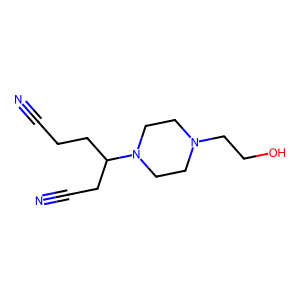
SMILES: N#CCCC(CC#N)N1CCN(CCO)CC1
Inhibits HIV replication: No